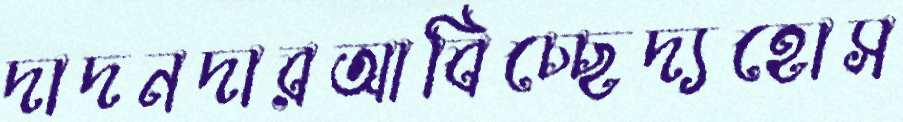
দাদনদারআবিচ্ছেদ্যহোস